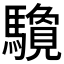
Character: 𱄶